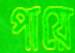
পায়ে